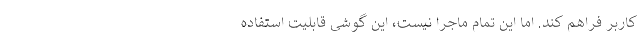
کاربر فراهم کند. اما این تمام ماجرا نیست، این گوشی قابلیت استفاده